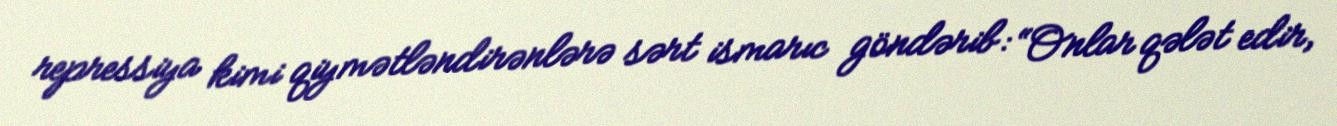
repressiya kimi qiymətləndirənlərə sərt ismarıc göndərib: “Onlar qələt edir,